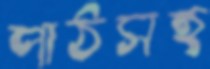
পাঠসহ